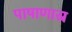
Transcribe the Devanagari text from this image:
पाषाणास्र